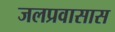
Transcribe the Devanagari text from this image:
जलप्रवासास